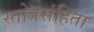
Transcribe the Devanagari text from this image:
स्तोत्रसंहिता